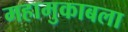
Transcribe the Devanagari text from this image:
महामुकाबला